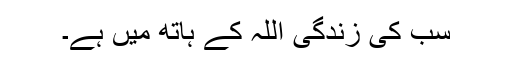
سب کی زندگی اللہ کے ہاتھ میں ہے۔